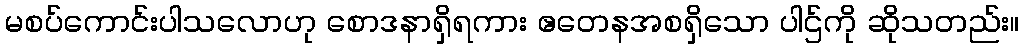
မစပ်ကောင်းပါသလောဟု စောဒနာရှိရကား ဧတေနအစရှိသော ပါဌ်ကို ဆိုသတည်း။